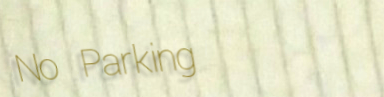
No Parking